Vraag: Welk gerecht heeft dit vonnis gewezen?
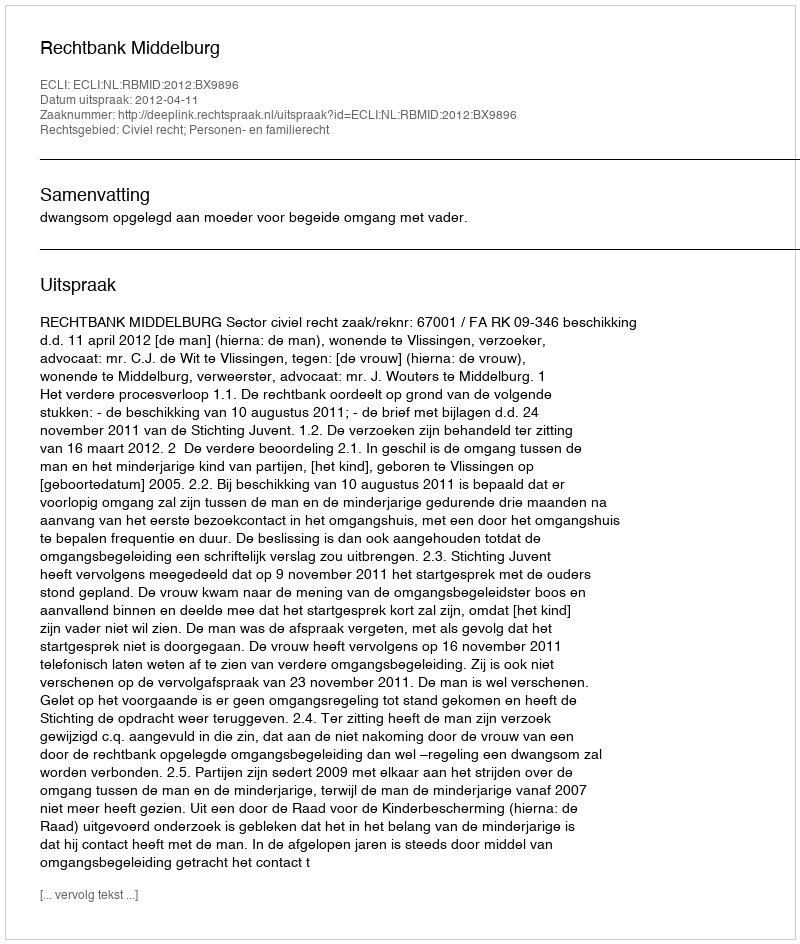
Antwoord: Rechtbank Middelburg